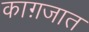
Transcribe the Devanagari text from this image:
काग़जात